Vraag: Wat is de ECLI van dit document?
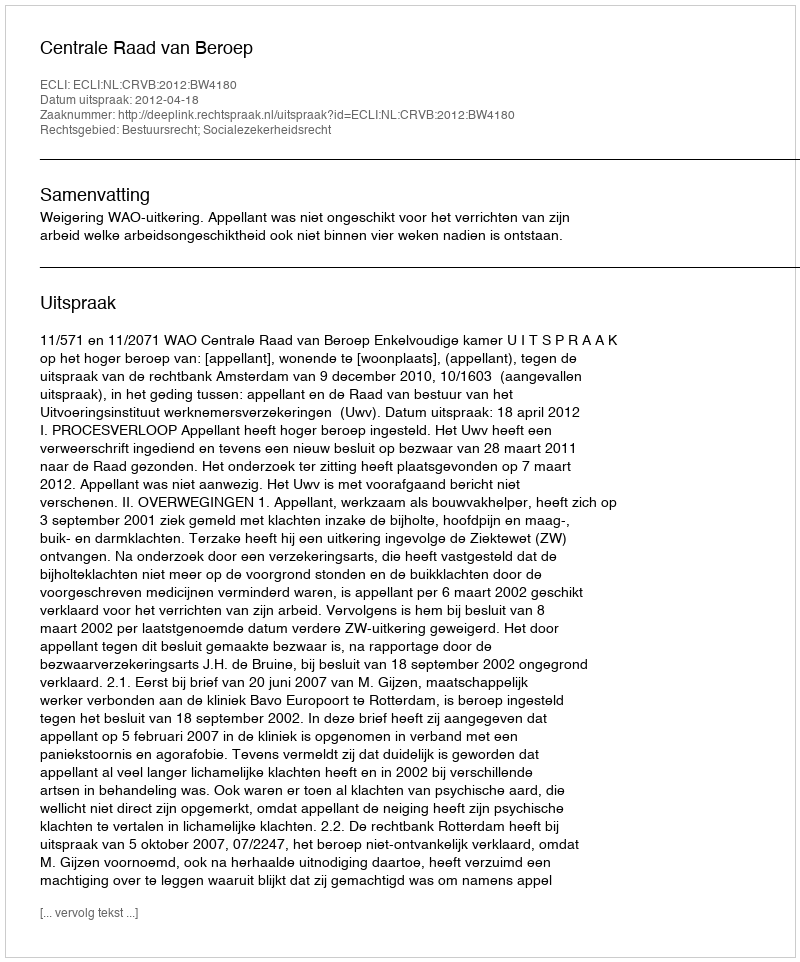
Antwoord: ECLI:NL:CRVB:2012:BW4180